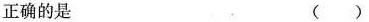
正确的是 ( )